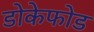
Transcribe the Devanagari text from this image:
डोकेफोड